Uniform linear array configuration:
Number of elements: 8
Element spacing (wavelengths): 1
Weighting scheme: kaiser
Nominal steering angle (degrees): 30
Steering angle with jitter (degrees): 28.701
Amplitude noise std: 0.05
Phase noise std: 0.05

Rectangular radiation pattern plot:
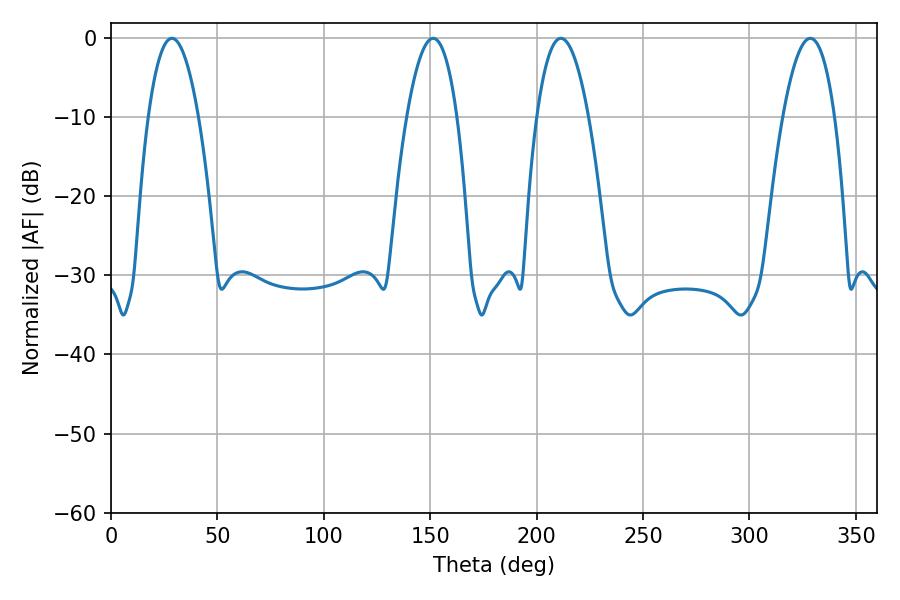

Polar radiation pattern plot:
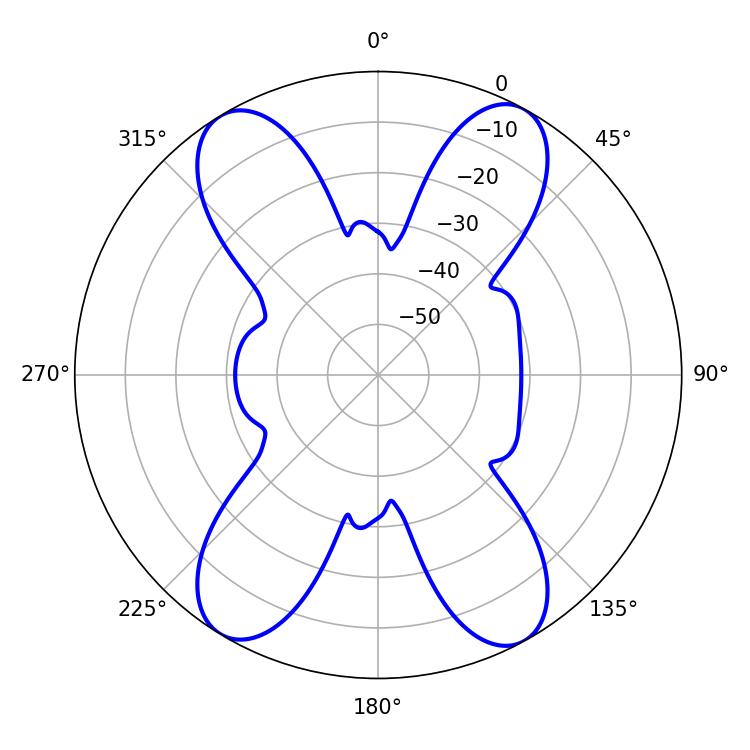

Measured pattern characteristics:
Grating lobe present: TRUE
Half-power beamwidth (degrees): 12.96
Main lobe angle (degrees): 28.62